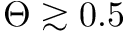
\Theta \gtrsim 0 . 5